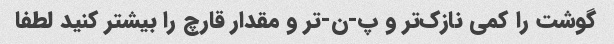
گوشت را کمی نازک‌تر و پ-ن-تر و مقدار قارچ را بیشتر کنید لطفا